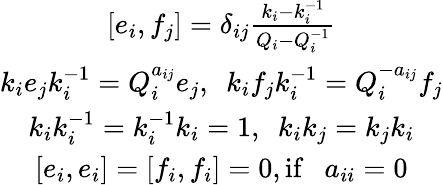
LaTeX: \begin{array}{c}{{\lbrack e_{i},f_{j}\rbrack=\delta_{ij}\frac{k_{i}-k_{i}^{-1}}{Q_{i}-Q_{i}^{-1}}}}\\ {{k_{i}e_{j}k_{i}^{-1}=Q_{i}^{a_{ij}}e_{j},~~k_{i}f_{j}k_{i}^{-1}=Q_{i}^{-a_{ij}}f_{j}}}\\ {{k_{i}k_{i}^{-1}=k_{i}^{-1}k_{i}=1,~~k_{i}k_{j}=k_{j}k_{i}}}\\ {{\lbrack e_{i},e_{i}\rbrack=\lbrack f_{i},f_{i}\rbrack=0,\mathrm{if}~~~a_{ii}=0}}\end{array}